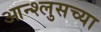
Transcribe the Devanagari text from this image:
आन्श्लुसच्या